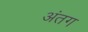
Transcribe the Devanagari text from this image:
अंतग